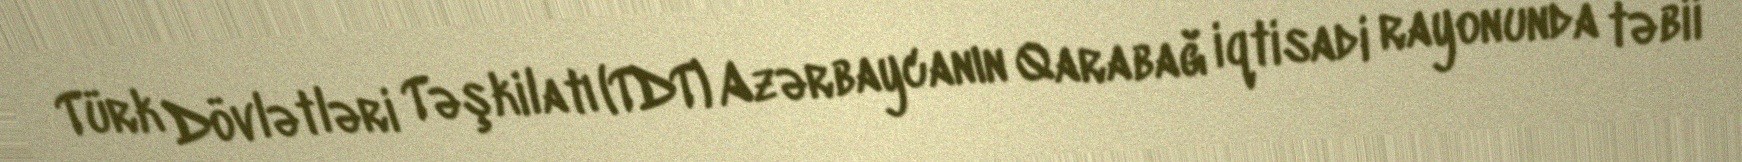
Türk Dövlətləri Təşkilatı (TDT) Azərbaycanın Qarabağ iqtisadi rayonunda təbii